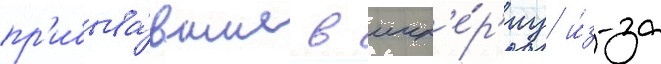
пр'ибыва́вшие в ичк'е́р'иу и́з-за